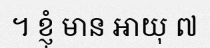
។ ខ្ញុំ មាន អាយុ ៧